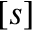
[ s ]